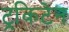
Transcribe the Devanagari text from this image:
ट्रकिटेन